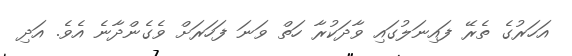
އަހަރުގެ ތެރޭ ފައިނަލުގައި ވާދަކުރާ ހަތް ވަނަ ފަހަރަށް ވެގެންދާނެ އެވެ. އަދި